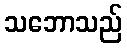
သဘောသည်